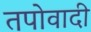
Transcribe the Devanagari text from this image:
तपोवादी